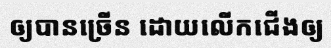
ឲ្យបានច្រើន ដោយលើកជើងឲ្យ